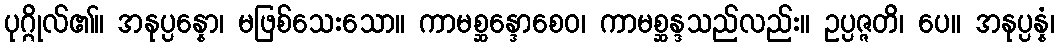
ပုဂ္ဂိုလ်၏။ အနုပ္ပန္နော၊ မဖြစ်သေးသော။ ကာမစ္ဆန္ဒောစေဝ၊ ကာမစ္ဆန္ဒသည်လည်း။ ဥပ္ပဇ္ဇတိ၊ ပေ။ အနုပ္ပန္နံ၊